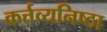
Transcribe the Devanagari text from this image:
कर्त्तव्यनिष्ठा